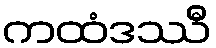
ကထံဒဿီ